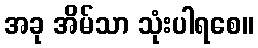
အခု အိမ်သာ သုံးပါရစေ။